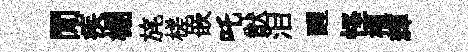
閒疾棚旄槎嵌吒猷泪醒怪櫂輝